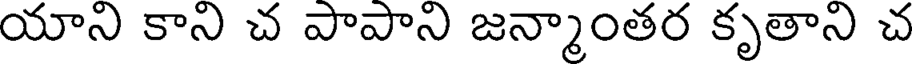
యాని కాని చ పాపాని జన్మాంతర కృతాని చ